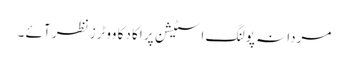
مردانہ پولنگ اسٹیشن پر اکا دکا ووٹرز نظر آئے ۔